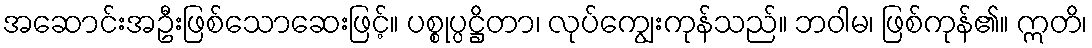
အဆောင်းအဦးဖြစ်သောဆေးဖြင့်။ ပစ္စုပ္ပဋ္ဌိတာ၊ လုပ်ကျွေးကုန်သည်။ ဘဝါမ၊ ဖြစ်ကုန်၏။ ဣတိ၊